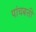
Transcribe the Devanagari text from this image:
पांचबत्ती